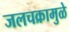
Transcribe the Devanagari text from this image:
जलचक्रामुळे